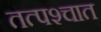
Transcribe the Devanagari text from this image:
तत्‍पश्‍चात